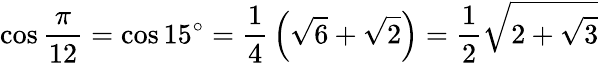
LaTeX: \cos{\frac{\pi}{12}}=\cos 15^{\circ}={\frac{1}{4}}\left({\sqrt{6}}+{\sqrt{2}}\right)={\frac{1}{2}}{\sqrt{2+{\sqrt{3}}}}